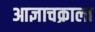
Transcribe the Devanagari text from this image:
आज्ञाचक्राला